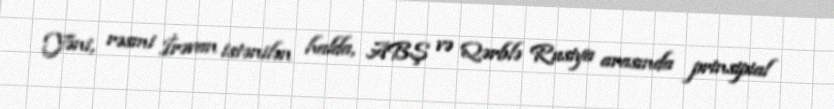
Yəni, rəsmi İrəvan istənilən halda, ABŞ və Qərblə Rusiya arasında prinsipial